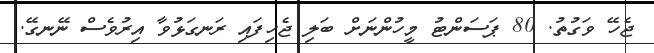
ޖެހޭ ވަގުތު. 80 ޕަސަންޓު މީހުންނަށް ބަލި ޖެހިފައި ރަނގަޅުވާ އިރުވެސް ނޭނގޭ.